Statistics compiled by the Government of India from the reports of provincial Civil Veterinary Departments
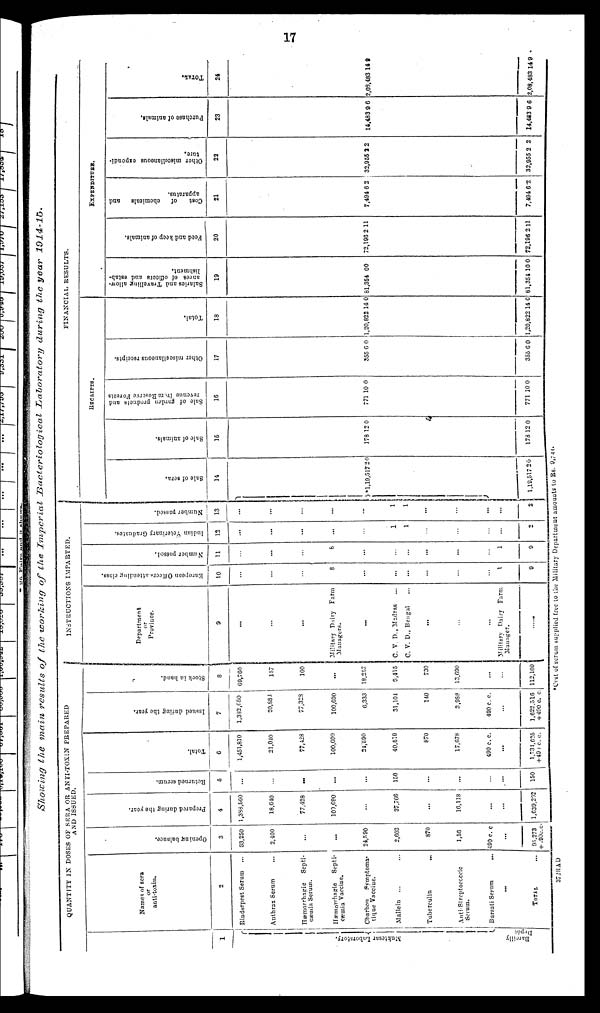
17
Showing the main results of the working of the Imperial Bacteriological Laboratory
during the year
1914-15.
1
Mukte s
a r Labor at or y.
Bareilly
Depôt
QUANTITY IN DOSES OF SERA OR ANTI-TOXIN PREPARED
AND ISSUED.
Names of sera
or
anti-toxin.
2
Rinderpest Serum ...
Authrax Serum ...
Hæmorrhagrie
Septi-
cæmia Serum.
Hæmorrhagic
Septi-
Cæmia Vaccine.
Charbon
Symptoma-
tique Vacciue.
Mallein ... ...
Tuberculin
...
Anti Streptececeic
Serum.
Bursati Serum
...
...
TOTAL ...
Opening balance.
3
63,250
2,100
...
...
24,5 90
2,603
870
1,56
499 c. c
...
95,273
+ 99c.c.
Prepared during the year.
4
1,388,560
18,640
77,428
100,690
...
37,766
...
16,118
...
...
1,639,202
Returned serum.
5
...
...
...
...
...
150
...
...
...
...
150
Total.
6
1,451,810
21,040
77,428
100,690
24,590
40,519
870
17,678
490 c. c.
...
1,734,625
+ 49 c. c.
Issued during the year.
7
1,382,650
20,883
77,328
100,690
6,333
31,104
140
3,988
490 c. c.
...
1,622,516
+ 490 c. c
Stock in hand.
8
69,760
157
100
...
18,257
9,415
730
13,690
...
...
112,109
INSTRUCTIONS
IMPARTED.
Department
or
Province.
9
...
...
...
Military Dairy Farm
Managers.
...
C. V D., Madras ...
C. V. D., Bengal
...
...
...
Military Dairy Farm,
Manager.
......
European Officers attending class.
10
...
...
...
8
...
...
...
...
...
...
1
9
Number passed.
11
...
...
...
8
...
...
...
...
...
...
1
9
Indian
Veterinary Graduates.
12
...
...
...
...
...
1
1
...
...
...
...
2
Number passed.
13
...
...
...
...
...
1
1
...
...
...
...
2
FINANCIAL RESULTS.
RECEIPTS
Sale of sera.
14
1,19,517
1,19,517
2
2
0
0
Sale of animals
15
178
173
12
12
0
0
Sale of garden products and
revenue from Reserve For es t
s
16
771
771
10
10
0
0
Other miscellaneous receipts.
17
355
355
0
6
0
0
Total.
18
1,20,822
1,20,822
14
14
0
0
EXPENDITURE.
Sal ar i
es and Travelling allow-
ances of officers and estab-
l
i
s hment .
19
81,354
81,351
0
10
0
0
Feed and keep of animals.
20
72,193
72,196
2
2
11
11
Cost of chemicals and
apparatus.
21
7,494
7,494
6
6
2
2
Other miscellaneous expendi-
t ure.
22
32,955
32,955
2
2
2
2
Purchase of animals.
23
14,483
14,483
9
9
6
6
TOTAL.
24
2,03,483
2,08,483
14
14
9
9
37 2RAD
*Cost of scrum supplied free to the Military Department amounts to Rs. 9,744.